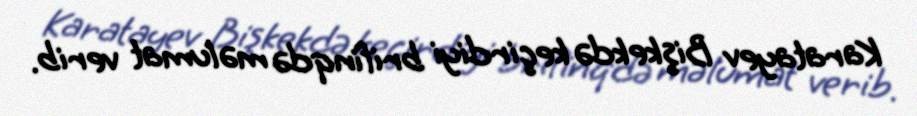
Karatayev Bişkekdə keçirdiyi brifinqdə məlumat verib.